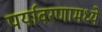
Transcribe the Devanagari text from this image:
पर्यावरणामध्ये